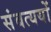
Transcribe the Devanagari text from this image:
संबत्ययों